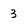
Character: 3